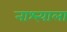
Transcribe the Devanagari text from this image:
नाश्त्याला